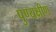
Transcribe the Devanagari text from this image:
पुण्यक्षीण